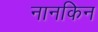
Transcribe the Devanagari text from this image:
नानकिन